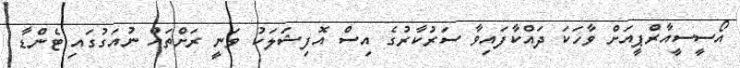
އޯސީސީއާރްޕީއަށް ވާހަކަ ދައްކާފައިވާ ސަރުކާރުގެ އިސް އޮފިޝަލަކު ވަނީ ރަށްތައް ނުއަގުގައި ޓެންޑާ